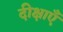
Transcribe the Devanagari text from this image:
दीक्षाएँ